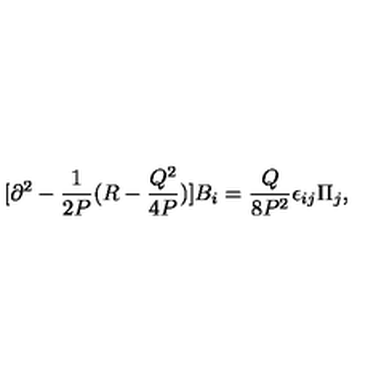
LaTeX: [ \partial ^ { 2 } - { \frac { 1 } { 2 P } } ( R - { \frac { Q ^ { 2 } } { 4 P } } ) ] B _ { i } = { \frac { Q } { 8 P ^ { 2 } } } \epsilon _ { i j } \Pi _ { j } ,